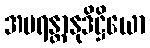
အပရန္တာနုဒိဋ္ဌိယော